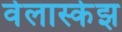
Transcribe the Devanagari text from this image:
वेलास्केझ